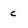
Character: c